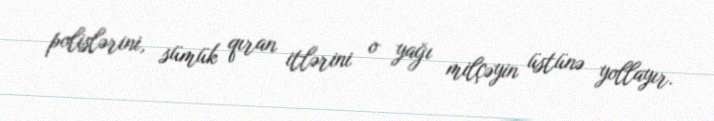
polislərini, sümük qıran itlərini o yağı milçəyin üstünə yollayır.